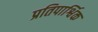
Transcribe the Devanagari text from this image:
प्रतिपार्श्विक